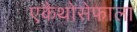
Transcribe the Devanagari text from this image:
एकैथोसेफाला